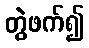
တွဲဖက်၍